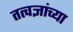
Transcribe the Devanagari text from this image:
तत्वज्ञांच्या